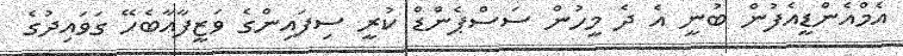
އެމްއެންޑީއެފުން ބުނީ އެ ދެ މީހުން ސަސްޕެންޑް ކުރީ ސިފައިންގެ ވަޒީފާއާބެހޭ ގަވައިދުގެ